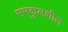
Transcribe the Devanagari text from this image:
समकुलशील